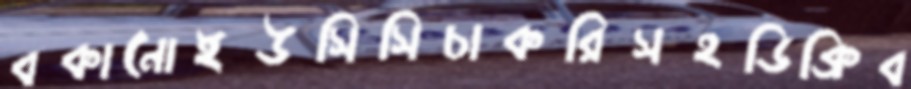
বকানোইউসিসিচাকরিসহডিক্রিব